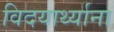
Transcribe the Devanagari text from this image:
विदयार्थ्याना